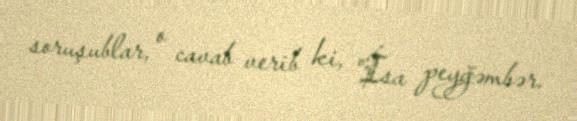
soruşublar, o cavab verib ki, "İsa peyğəmbər.